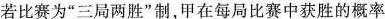
若比赛为“三局两胜”制，甲在每局比赛中获胜的概率